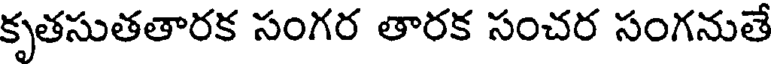
కృతసుతతారక సంగర తారక సంచర సంగనుతే